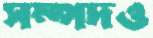
সম্পদও